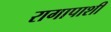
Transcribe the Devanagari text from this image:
रागापाशी